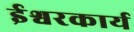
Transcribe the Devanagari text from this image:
ईश्वरकार्य